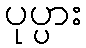
ပုပ္ပား